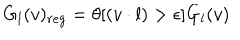
LaTeX: G _ { l } ( v ) _ { r e g } = \theta [ ( v \cdot l ) > \epsilon ] G _ { l } ( v )